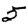
Digit: 5